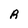
Character: R